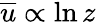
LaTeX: \overline{{u}}\propto\ln z